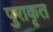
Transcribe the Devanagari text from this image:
पुराकृत